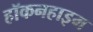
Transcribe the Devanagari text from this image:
हॉकनहाइम